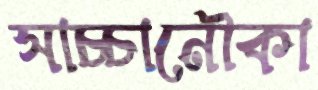
সাচ্চানৌকা